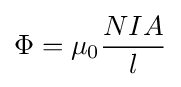
\Phi =\mu _{0}{\frac {NIA}{l}}